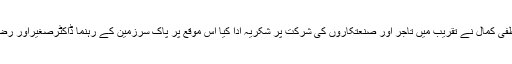
چیئرمین پی ایس پی مصطفی کمال نے تقریب میں تاجر اور صنعتکاروں کی شرکت پر شکریہ ادا کیا اس موقع پر پاک سرزمین کے رہنما ڈاکٹرصغیراور رضاہارون بھی موجود تھے۔